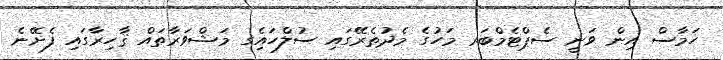
ހަމާސް އިން ވަނީ ސެޕްޓެމްބަރ މަހުގެ މެދުތެރޭގައި ސުލްހައިެގ މަޝްވަރާތައް ޤާހިރާގައި ފެށޭނެ